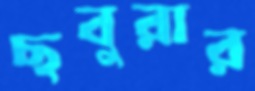
ছবুরার